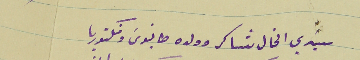
سَيدي الخال شاكر وولده طانيوسَ وفكتوريا